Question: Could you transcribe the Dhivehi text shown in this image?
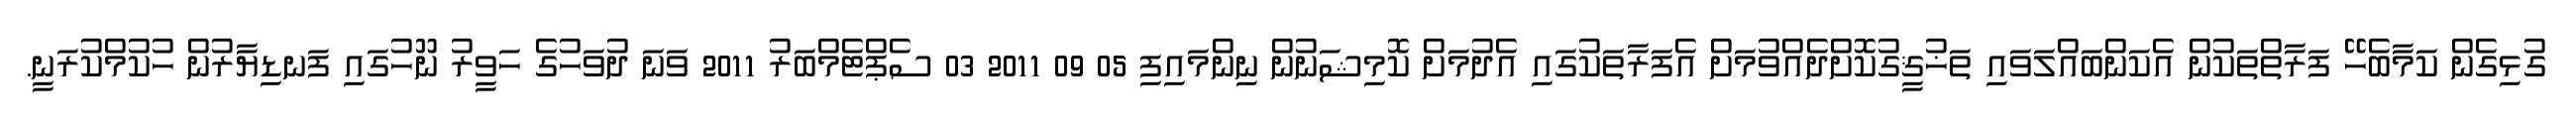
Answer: ގުޅިގެން ކަމާބެހޭ ފަރާތްތަކުން އެކަންބައްލަވައި ތަޚުޤީގުކޮށްދެއްވުމަށް އެފަރާތަކުގައި އެދުމަށް ކޮމިޝަނުން ނިންމައިފި 05 09 2011 03 ސެޕްޓެމްބަރު 2011 ވަނަ ދުވަހުގެ ހަވީރު ނޫހުގައި ފަނޑިޔާރުން ހުކުމްކުރަނީ.